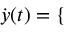
\dot { \boldsymbol { y } } ( t ) = \left\lbrace \begin{array} { r l r } \end{array} \right.